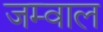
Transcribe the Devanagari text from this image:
जम्वाल